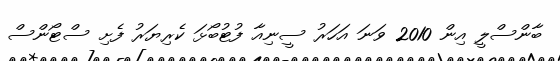
ބާންސްލީ އިން 2010 ވަނަ އަހަރު ސީނިއާ ފުޓުބޯޅަ ކެރިޔަރު ފެށި ސްޓޯންސް